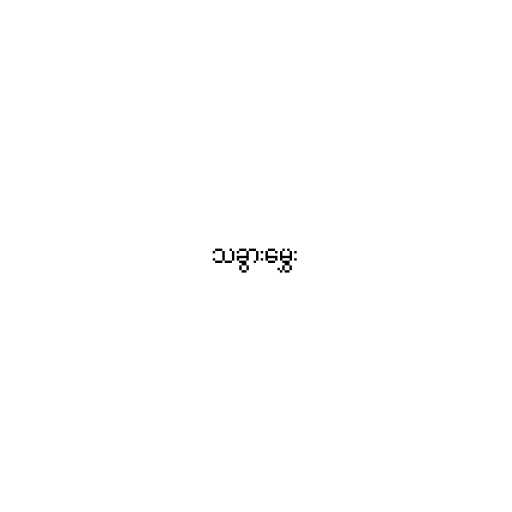
သခွားမွှေး